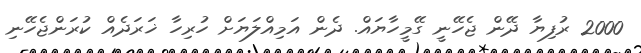
2000 ރުފިޔާ ދޭން ޖެހޭނީ ގޭމީހާޔައް. ދެން އަމިއްލަޔަށް ހުރިހާ ޚަރަދެއް ކުރަންޖެހޭނި